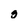
Character: g